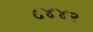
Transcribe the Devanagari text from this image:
८४४२